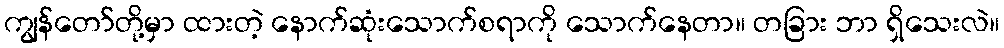
ကျွန်တော်တို့မှာ ထားတဲ့ နောက်ဆုံးသောက်စရာကို သောက်နေတာ။ တခြား ဘာ ရှိသေးလဲ။